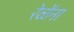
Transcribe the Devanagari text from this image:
रेळेंना